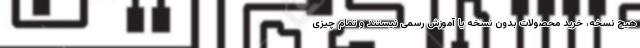
هیچ نسخه، خرید محصولات بدون نسخه یا آموزش رسمی نیستند و تمام چیزی